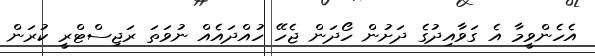
އެހެންވީމާ އެ ގަވާއިދުގެ ދަށުން ހޯދަން ޖެހޭ ހުއްދައެއް ނުވަތަ ރަޖިސްޓްރީ ކުރަން